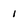
Character: 1